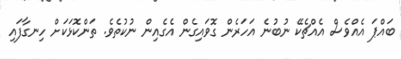
ބައްޕަ އެއްވެސް އެއްޗެކޭ ނުބުނެ އަހަރެން ގޮވައިގެން އެގެއިން ނުކުތެވެ. ތަންކޮޅަކަށް ހިނގާފައި